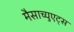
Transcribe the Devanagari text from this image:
मैसाच्युएट्स